Kassari_(Keina)_vallavalitsus, lk 10
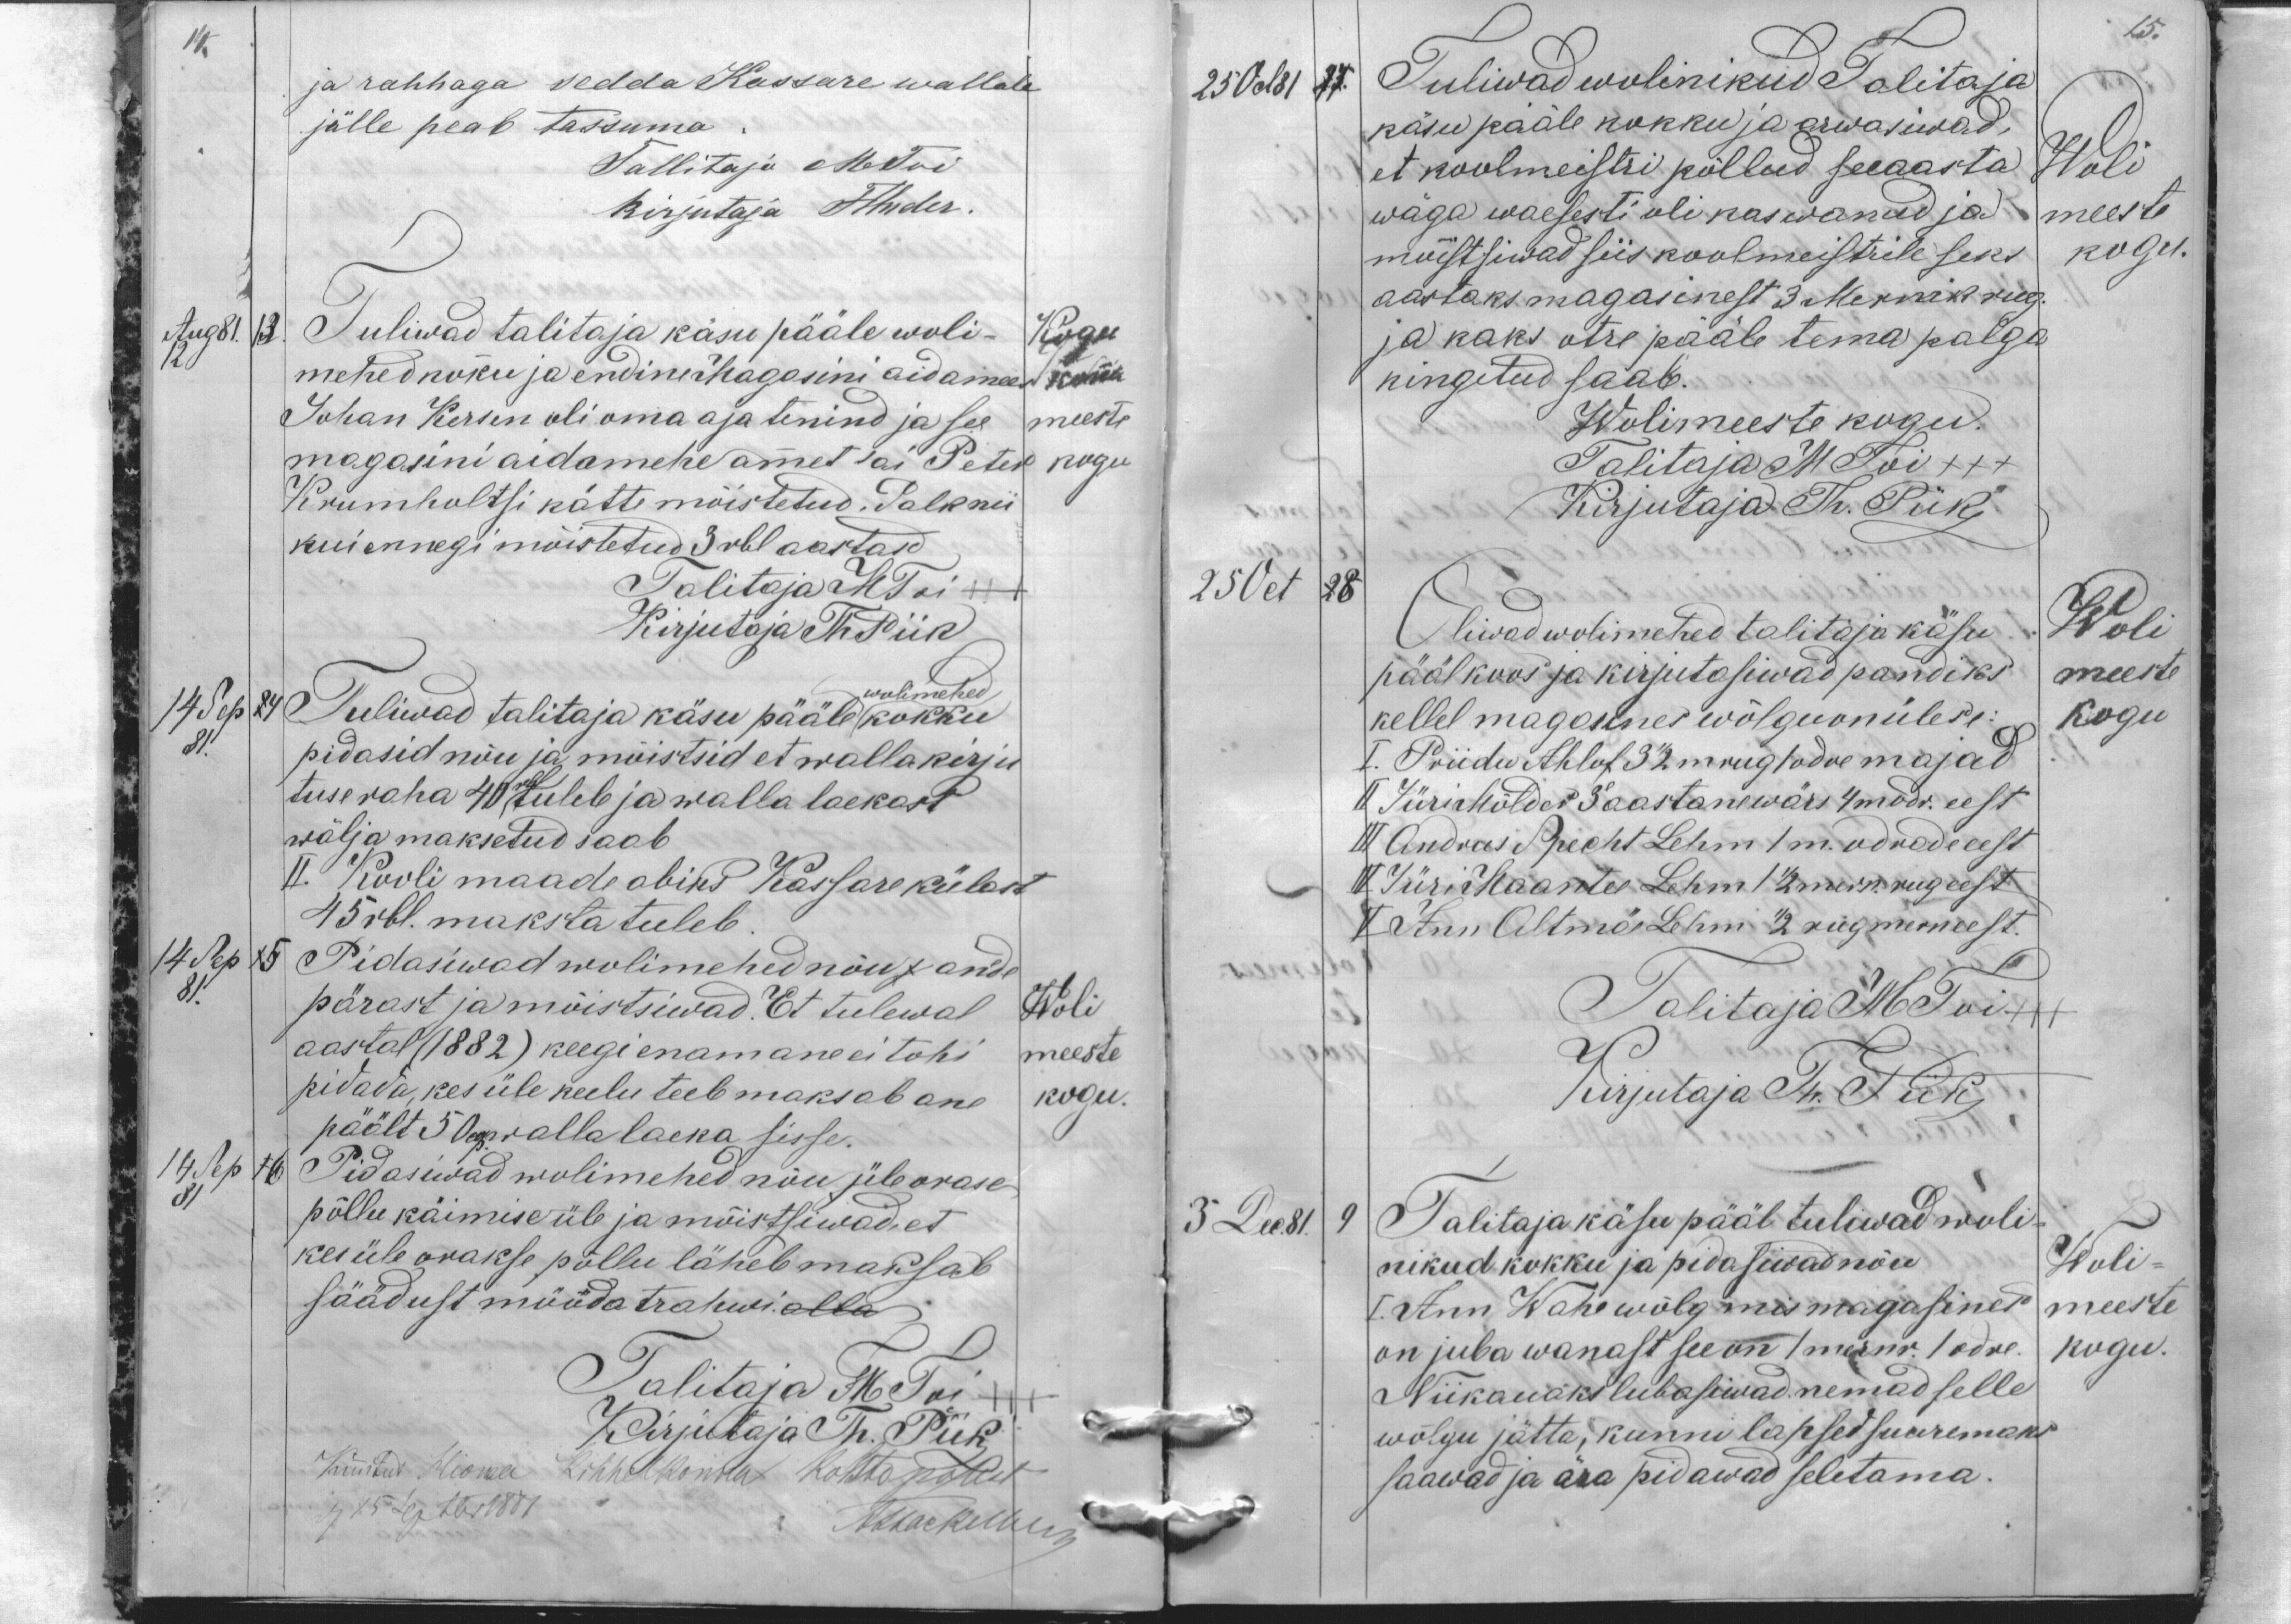
14.
ja rahhaga sedda Kassare wallale
jälle peab tassuma
Tallitaja M. Toi
Kirjutaja FHuder.
Aug 81
13.
Tuliwad talitaja käsu pääle woli-
Kogu
12
mehed kokku ja endine Magasini aidamees
konna
Johan Kersen oli oma aja tenind ja see
meeste
magasini aidamehe ammet sai Peter
kogu
Krumholtsi kätte mõistetud. Palk nii
kui ennegi mõistetud 3 rbl aastasd.
Talitaja HToi +++
Kirjutaja ThPiik
14 Sep 14
Tuliwad talitaja käsu pääle kokku
wolimehed
81
pidasid nõu ja mõistsid et wallakirju-
tuseraha 40 rbl tuleb ja walla laekast
wälja maksetud saab
II. Kooli maade abiks Kassare külast
45 rbl. maksta tuleb.
14 Sep
15
Pidasiwad wolimehed nõu j ande
81
pärast ja mõistsiwad. Et tulewal
Woli
aastal (1882) keegi enamane ei tohi
meeste
pidada, kes üle keelu teeb maksab ane
kogu.
päält 50 kop walla laeka sisse.
14 Sep
81
16
Pidasiwad wolimehed nõu üle orase
põllu käimise üle ja mõistsiwad, et
kes üle orakse põllu läheb maksab
säädust mööda trahwi alla
Talitaja M Toi +++
Kirjutaja Th. Piik
Kinnitud Hioma Kihhelkonda kohto poolt
den 15 Septbr 1881
Stackelberg

15.
25 Oct 81
17.
Tuliwad wolinikud Talitaja
käsu pääle kokku ja arwasiwad,
et koolmeistri põllud seeaasta
Woli
wäga waesesti oli kaswanud ja
meeste
mõistsiwad siis koolmeistrile seks
kogu.
aastaks magasinest 3 Mernik rug
ja kaks otre pääle tema palga
kingitud saab.
Wolimeeste kogu
Talitaja M Toi +++
Kirjutaja Th. Piik
25 Oct
28
Oliwad wolimehed talitaja käsu
Woli
pääl koos ja kirjutasiwad pandiks
meeste
kellel magasines wõlgu on ülese:
kogu
I. Priidu Ahlof 32 mrug odre majad
II Jüri Mölder 3aastane wärs 4 modr. eest
III Andrus Specht Lehm 1 m. odrade eest
IV Jüri Maantee Lehm 1 1/2 mern. rug eest
V Ann Altmäe Lehmi 1/2 rug mern eest.
Talitaja M Toi +++
Kirjutaja Th. Piik
3. Dec 81.
9
Talitaja käsu pääl tuliwad woli-
nikud kokku ja pidasiwad nõu
Woli
I. Ann Wahe wõlg mis magasines
meeste
on juba wanast see on /mernr. / odre
kogu.
Niikauaks lubasiwad nemad selle
wõlgu jätta, kunni lapsed suuremaks
saawad ja ära pidawad seletama.